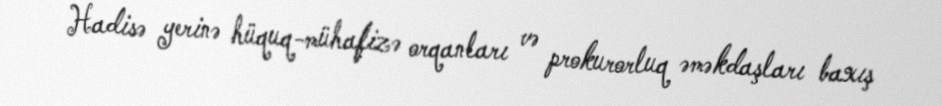
Hadisə yerinə hüquq-mühafizə orqanları və prokurorluq əməkdaşları baxış